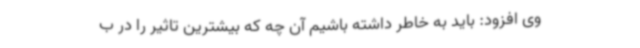
وی افزود: باید به خاطر داشته باشیم آن چه که بیشترین تاثیر را در ب